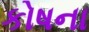
કોષના